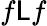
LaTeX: f\mathsf{L}f